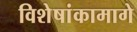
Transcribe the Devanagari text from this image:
विशेषांकामागे